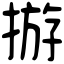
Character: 𢰧